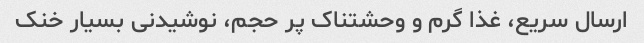
ارسال سریع، غذا گرم و وحشتناک پر حجم، نوشیدنی بسیار خنک